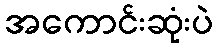
အကောင်းဆုံးပဲ